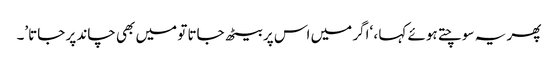
پھر یہ سوچتے ہوئے کہا ، ‘اگر میں اس پر بیٹھ جاتا تو میں بھی چاند پر جاتا’۔